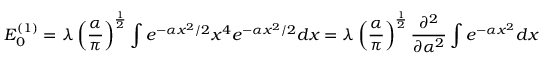
E _ { 0 } ^ { ( 1 ) } = \lambda \left( { \frac { \alpha } { \pi } } \right) ^ { \frac { 1 } { 2 } } \int e ^ { - \alpha x ^ { 2 } / 2 } x ^ { 4 } e ^ { - \alpha x ^ { 2 } / 2 } d x = \lambda \left( { \frac { \alpha } { \pi } } \right) ^ { \frac { 1 } { 2 } } { \frac { \partial ^ { 2 } } { \partial \alpha ^ { 2 } } } \int e ^ { - \alpha x ^ { 2 } } d x